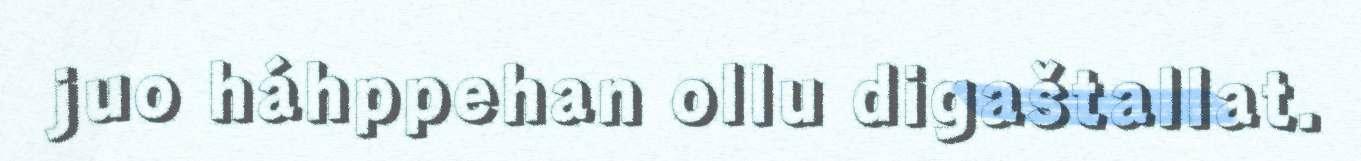
juo háhppehan ollu digaštallat.